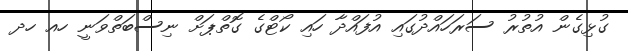
ގުޅިގެން އުތުރު ސަރަހައްދުގައި އުފައްދާ ހައި ކޯޓްގެ ގޮތްޕަށް ނިސްބަތްވަނީ ހއ ހދ